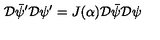
{ \cal D } \bar { \psi } ^ { \prime } { \cal D } \psi ^ { \prime } = J ( \alpha ) { \cal D } \bar { \psi } { \cal D } \psi